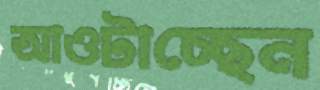
আওটাচ্ছেন